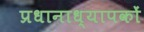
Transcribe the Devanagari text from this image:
प्रधानाध्यापकों